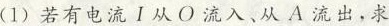
(1)若有电流I从O流入、从A流出，求